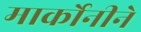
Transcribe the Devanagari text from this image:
मार्कोनीने